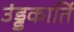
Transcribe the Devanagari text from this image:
उंड्डकार्ति